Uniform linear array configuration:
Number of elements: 4
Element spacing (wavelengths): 1
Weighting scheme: uniform
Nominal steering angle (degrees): -45
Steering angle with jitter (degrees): -43.726
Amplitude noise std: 0.05
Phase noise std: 0.05

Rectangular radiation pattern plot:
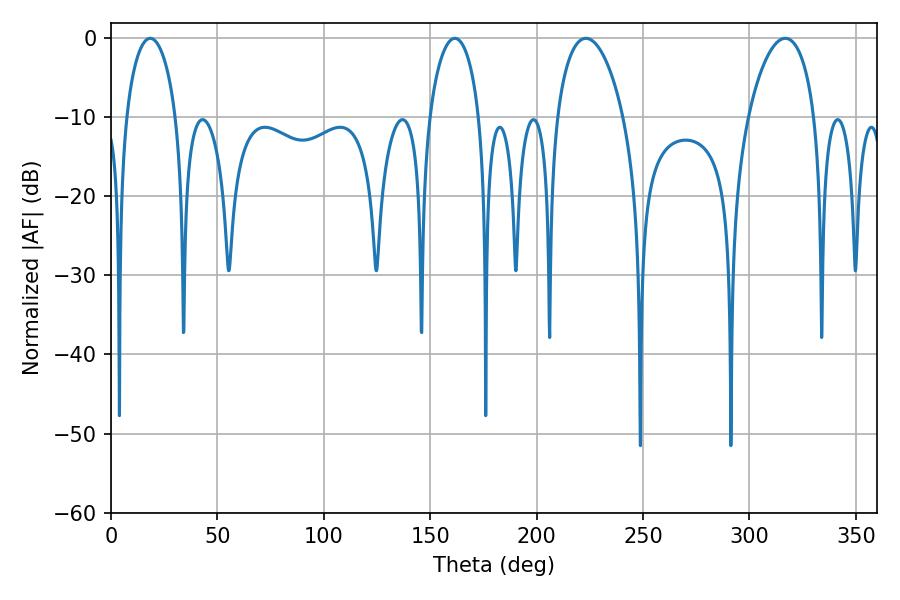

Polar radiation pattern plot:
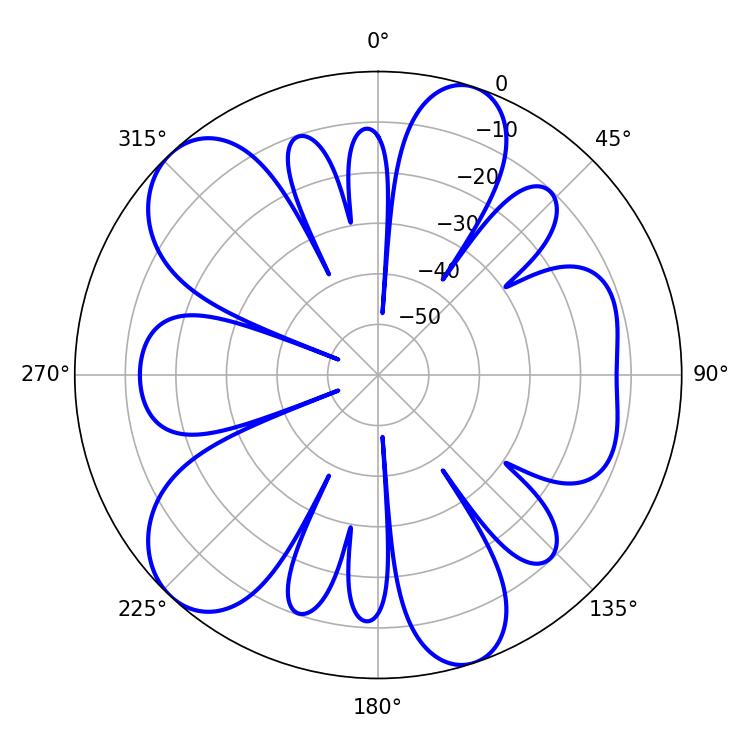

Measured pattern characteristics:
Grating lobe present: TRUE
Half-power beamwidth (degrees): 17.82
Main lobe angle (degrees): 223.2